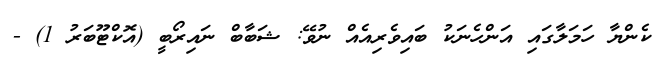
ކެންޔާ ހަމަލާގައި އަންހެނަކު ބައިވެރިއެއް ނުވޭ: ޝަބާބް ނައިރޯބީ (އޮކްޓޫބަރު 1) -